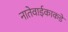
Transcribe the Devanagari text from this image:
नातेवाईकाकडे